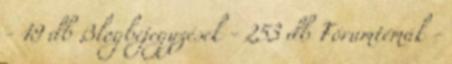
- 19 db Blogbejegyzések - 253 db Fórumtémák -